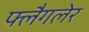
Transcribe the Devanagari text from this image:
फ्लैगलेर